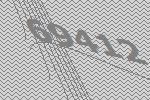
69412